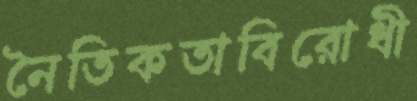
নৈতিকতাবিরোধী